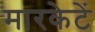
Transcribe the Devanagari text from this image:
मारकेटें